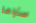
سأراها